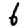
Digit: 6